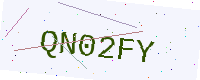
Text: QN02FY